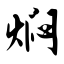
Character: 焖